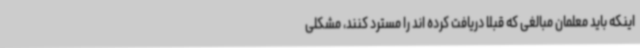
اینکه باید معلمان مبالغی که قبلا دریافت کرده اند را مسترد کنند، مشکلی